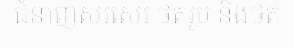
ជំនាញសរសេរ ថតរូប និងថត